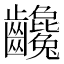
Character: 𪚃